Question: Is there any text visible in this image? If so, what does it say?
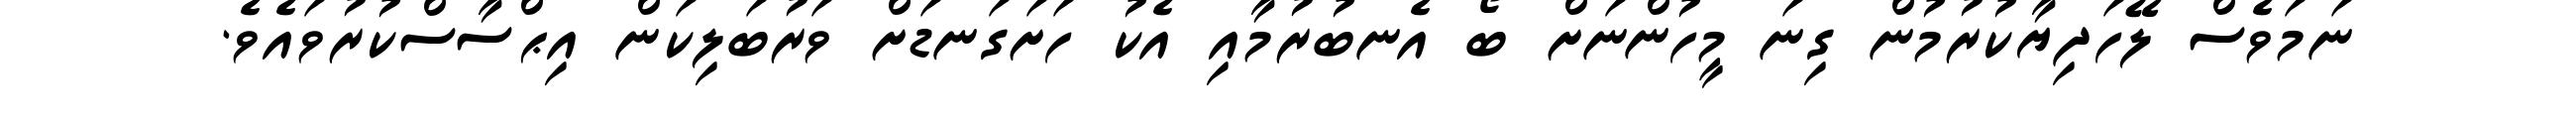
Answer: ނަމަވެސް ލޭހަދިޔާކުރުމުން ގިނަ މީހުންނަށް ބޯ އެނބުރުމާއި އެކު ހަށަގަނޑަށް ވަރުބަލިކަން އިޙްސާސްކުރުވައެވެ.